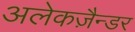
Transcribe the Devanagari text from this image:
अलेकज़ैन्डर